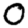
Digit: 0